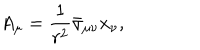
A _ { \mu } = \frac { 1 } { r ^ { 2 } } \bar { \sigma } _ { \mu \nu } x _ { \nu } ,